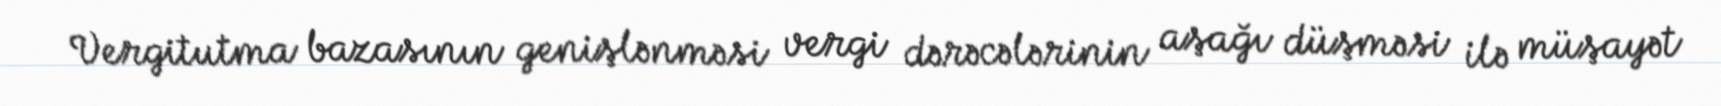
Vergitutma bazasının genişlənməsi vergi dərəcələrinin aşağı düşməsi ilə müşayət